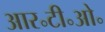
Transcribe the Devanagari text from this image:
आर॰टी॰ओ॰